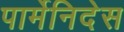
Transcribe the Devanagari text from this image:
पार्मेनिदेस